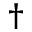
^ \dagger